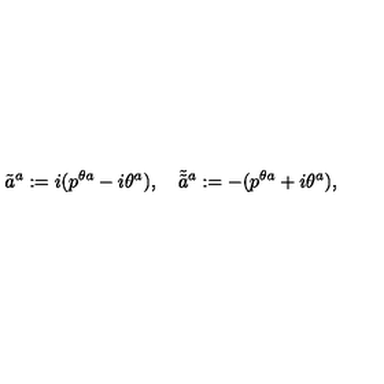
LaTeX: \tilde { a } ^ { a } : = i ( p ^ { \theta a } - i \theta ^ { a } ) , \quad \tilde { \tilde { a } } { } ^ { a } : = - ( p ^ { \theta a } + i \theta ^ { a } ) ,